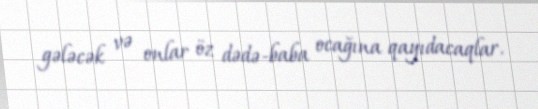
gələcək və onlar öz dədə-baba ocağına qayıdacaqlar.